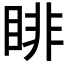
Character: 𥇪